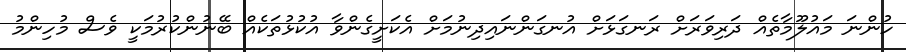
ހުންނަ މައުލޫމާތެއް ދަރިވަރަށް ރަނގަޅަށް އުނގަންނައިދިނުމަށް އެކަށީގެންވާ އުކުޅުތަކެއް ބޭނުންކުރުމަކީ ވެސް މުހިންމު